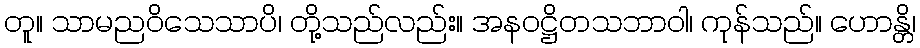
တူ။ သာမညဝိသေသာပိ၊ တို့သည်လည်း။ အနဝဋ္ဌိတသဘာဝါ၊ ကုန်သည်။ ဟောန္တိ၊